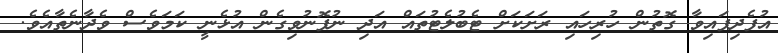
އުފެދިފައިވާ ގޮތުން ހުރިހައި ރަށަކަށް ޓެބުލެޓުތައް އަދި ނުފޮނުވިގެން އުޅެނީ ކަމަވެސް ވެދާނެތާއެވެ.